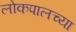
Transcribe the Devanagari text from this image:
लोकपालच्या